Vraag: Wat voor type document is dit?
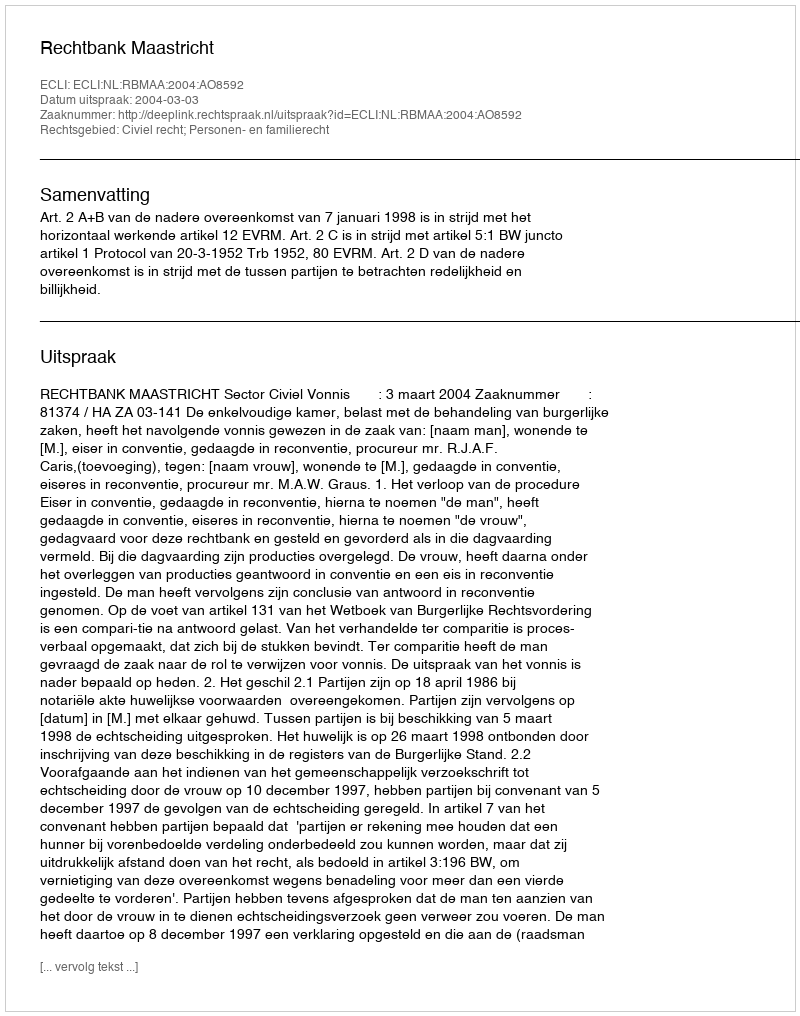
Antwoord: Uitspraak